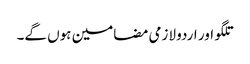
تلگو اور اردو لازمی مضامین ہوں گے۔